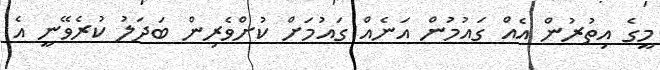
މީގެ އިތުރުން އެއް ގައުމުން އަނެއް ގައުމަށް ކުށްވެރިން ބަދަލު ކުރެވޭނީ އެ